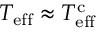
T _ { \mathrm { e f f } } \approx T _ { \mathrm { e f f } } ^ { \mathrm { c } }